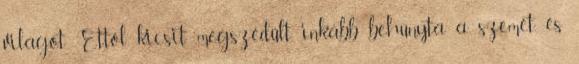
világot. Ettől kicsit megszédűlt, inkább behúnyta a szemét, és